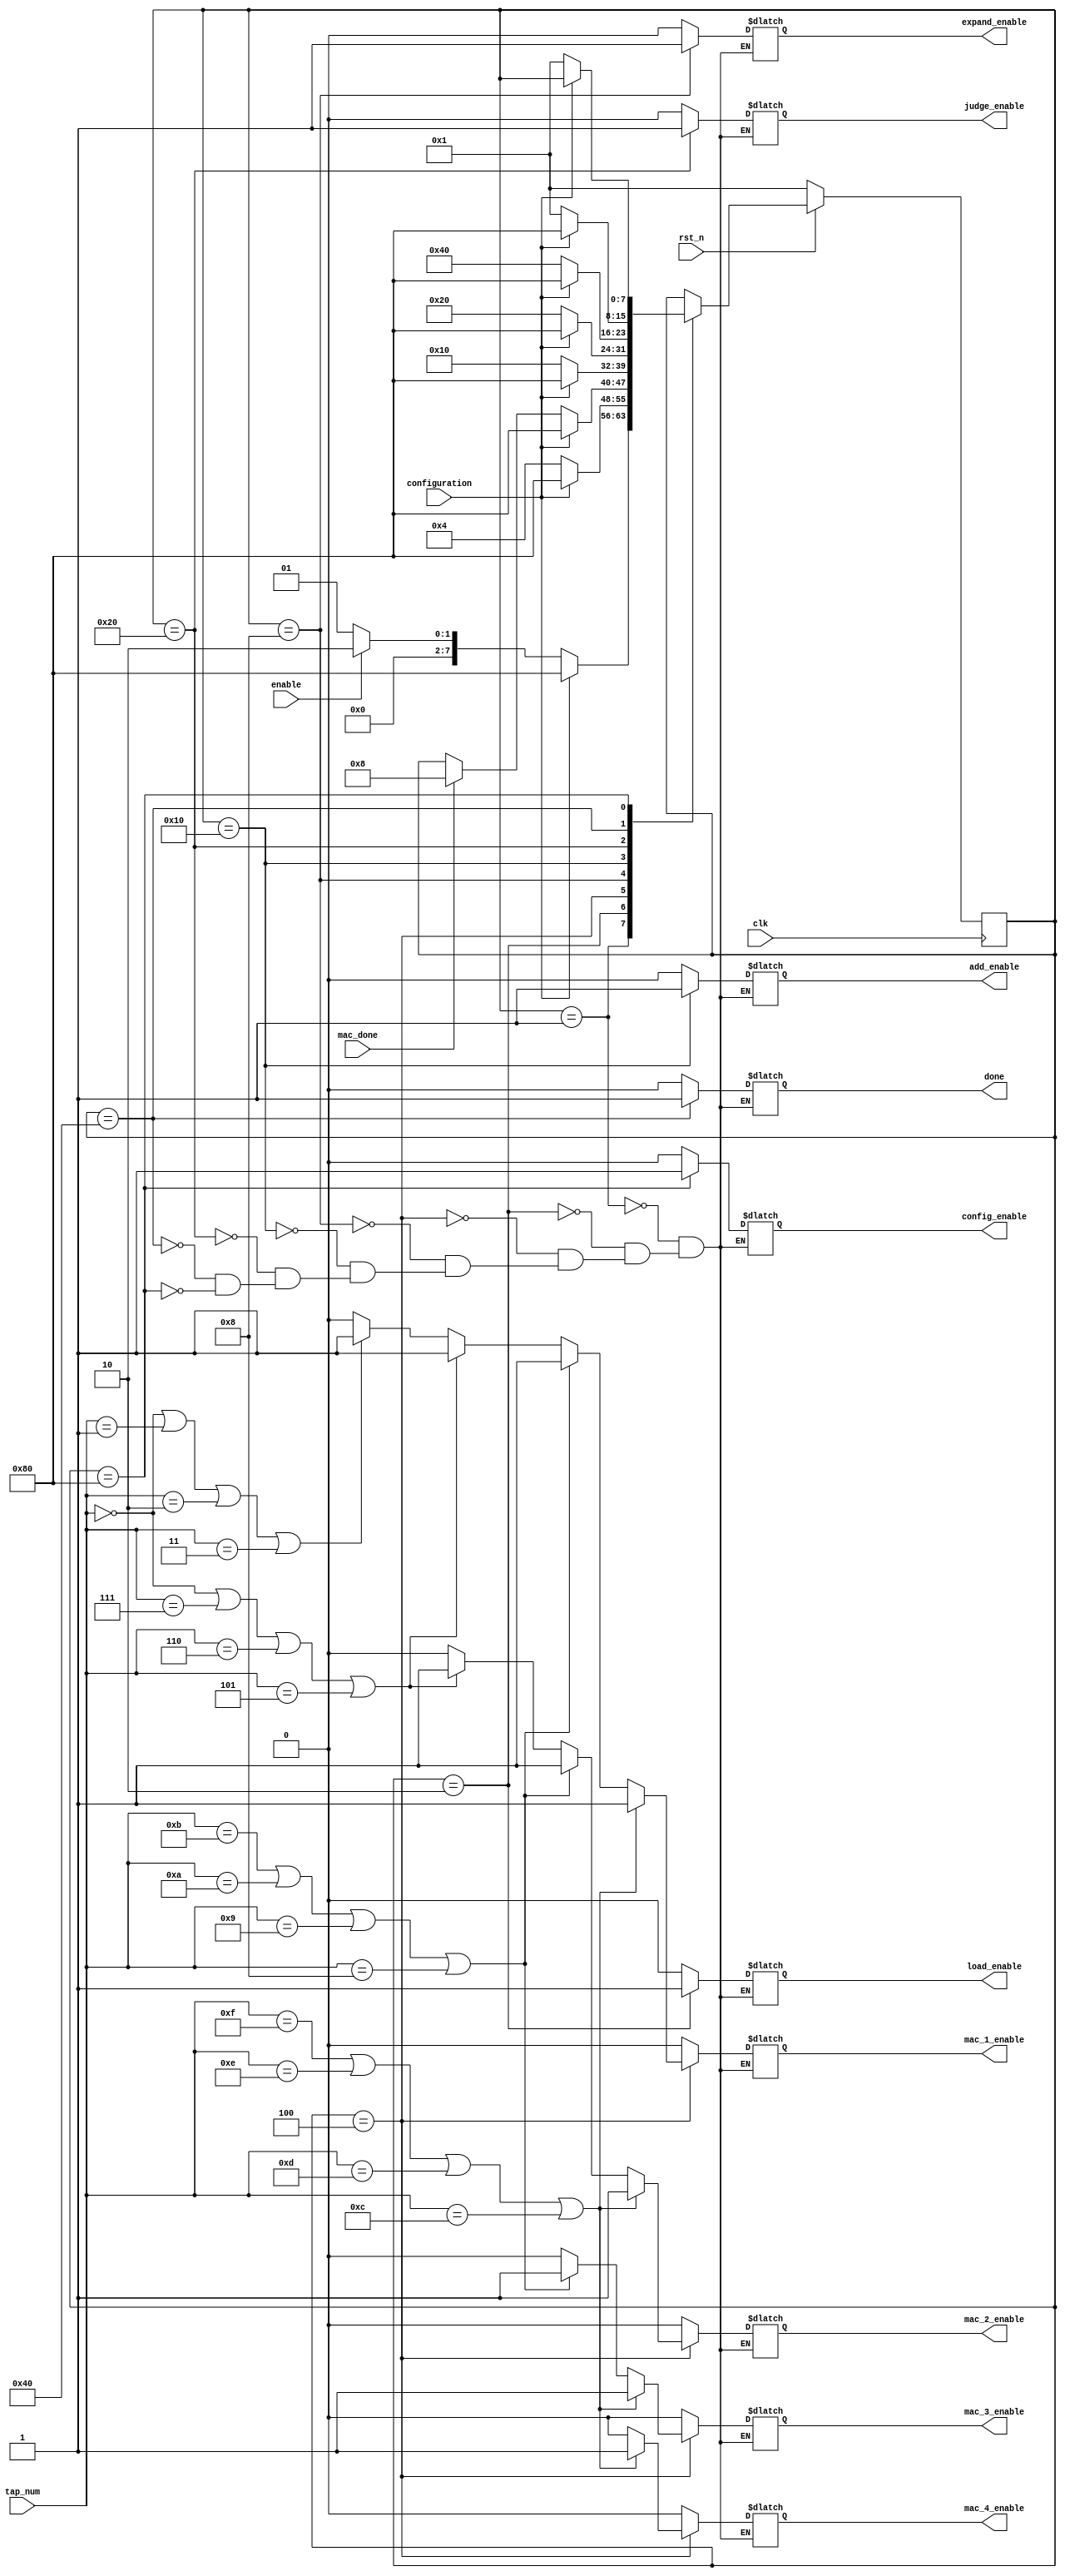
// =============================================================================
// Author: 
// Affiliation: Hong Kong University of Science and Technology
// Description:
// -----------------------------------------------------------------------------
module FIR_control (
	input clk,
	input rst_n,
	input [0:0] enable,
	input [3:0] tap_num,//0 indicates 1 tap, 15 indicates 16 taps
	input [0:0] mac_done, 
	input [0:0] configuration,//high effect
	output reg done,//indicate ADC could provide new data to the filter 
	output reg load_enable,
	output reg add_enable,
    output reg expand_enable,
    output reg judge_enable, 
	output reg mac_1_enable, 
	output reg mac_2_enable, 
	output reg mac_3_enable, 
	output reg mac_4_enable,//for power saving
	output reg config_enable		
);

//using a FSM as control module to give the control signal to calculation or configuration module
reg [7:0] state, next_state;

localparam 
IDLE = 8'b00000001,
LOAD = 8'b00000010,
CALCU = 8'b00000100,
EXPAND = 8'b00001000,
ADD = 8'b00010000,
JUDGE = 8'b00100000,
DONE = 8'b01000000,
CONFIG = 8'b10000000;


//States
always @ (*)
     begin
     	next_state = state;
        case (state)
            IDLE:
                begin
                	if (configuration == 1'b0) 
                	    begin
                    		if (enable) 
                    		    begin
                    		        next_state = LOAD;
                    		    end
                    		else 
                    		    begin
                    		        next_state = IDLE;
                    		    end
			    end
                    else
                    	begin
                    		next_state = CONFIG;
                    	end
                end
            LOAD:
                begin
                	if (configuration == 1'b0) 
                	    begin
                	        next_state = CALCU;
                	    end
                	else 
                	    begin
                	        next_state =  CONFIG;
                	    end
                end
            CALCU:
                begin
                    if(configuration == 1'b0)
                    	if (mac_done) 
                    	    begin
                    	        next_state = EXPAND;
                    	    end
                    	else 
                    	    begin
                    	        next_state = state;
                    	    end
                    else 
                        begin
                            next_state = CONFIG;
                        end
                end
            EXPAND:
            	begin
            		if (configuration == 1'b0) 
            		    begin
            		        next_state = ADD;
            		    end
            		else 
            		    begin
            		        next_state = CONFIG;
            		    end
            	end
            ADD:
                begin
                    if (configuration == 1'b0) 
                        begin
                            next_state = JUDGE;
                        end
                    else 
                        begin
                            next_state = CONFIG;
                        end
                end
            JUDGE:
                begin
                    if (configuration == 1'b0) 
                        begin
                            next_state = DONE;
                        end
                    else 
                        begin
                            next_state = CONFIG;
                        end
                end
            DONE:
                begin
                    if (configuration == 1'b0) 
                        begin
                            next_state =  IDLE;
                        end
                    else 
                        begin
                            next_state = CONFIG;
                        end
                end
            CONFIG:
                begin
                    if (configuration == 1'b0) 
                        begin
                            next_state = IDLE;
                        end
                    else 
                        begin
                            next_state = state;
                        end
                end
        endcase
     end

//Update state
always @ (posedge clk)
	begin
		if (!rst_n) 
		    begin
		      	state <= IDLE;		  
		    end
		else 
		    begin
		        state <= next_state;
		    end
	end
    
//Outputs
always @ (*) 
     begin
          case (state)
               IDLE:
               	    begin
                    	mac_1_enable = 1'b0;
                    	mac_2_enable = 1'b0;
                    	mac_3_enable = 1'b0;
                    	mac_4_enable = 1'b0;
                    	load_enable = 1'b0;
                    	add_enable = 1'b0;
                    	done = 1'b0;
                    	config_enable = 1'b0;
                        expand_enable = 1'b0;
                        judge_enable = 1'b0;
                    end
               LOAD:
               		begin
                     	mac_1_enable = 1'b0;
                    	mac_2_enable = 1'b0;
                    	mac_3_enable = 1'b0;
                    	mac_4_enable = 1'b0;
                    	load_enable = 1'b1;
                    	add_enable = 1'b0;
                    	done = 1'b0;
                    	config_enable = 1'b0;  
                        expand_enable = 1'b0;
                        judge_enable = 1'b0;            			
               		end
               CALCU:
                    begin
                    	load_enable = 1'b0;
                    	add_enable = 1'b0;
                    	done = 1'b0;
                    	config_enable = 1'b0;
                        expand_enable = 1'b0;
                        judge_enable =1'b0;
                    	if (tap_num ==4'd15 | tap_num == 4'd14 | tap_num == 4'd13 | tap_num == 4'd12) 
                    	    begin
                    			mac_1_enable = 1'b1;
                    			mac_2_enable = 1'b1;
                    			mac_3_enable = 1'b1;
                    			mac_4_enable = 1'b1;                    	        
                    	    end
                    	else if(tap_num ==4'd11 | tap_num == 4'd10 | tap_num == 4'd9 | tap_num == 4'd8) 
                    		begin
                    			mac_1_enable = 1'b1;
                    			mac_2_enable = 1'b1;
                    			mac_3_enable = 1'b1;
                    			mac_4_enable = 1'b0;
                    		end
                    	else if (tap_num ==4'd0 | tap_num == 4'd7 | tap_num == 4'd6 | tap_num == 4'd5) 
                    		begin
                        		mac_1_enable = 1'b1;
                    			mac_2_enable = 1'b1;
                    			mac_3_enable = 1'b0;
                    			mac_4_enable = 1'b0;
                    		end
                    	else if(tap_num ==4'd0 | tap_num == 4'd1 | tap_num == 4'd2 | tap_num == 4'd3) 
                    	    begin
                    			mac_1_enable = 1'b1;
                    			mac_2_enable = 1'b0;
                    			mac_3_enable = 1'b0;
                    			mac_4_enable = 1'b0;
                    	    end
                        else 
                            begin
                                mac_1_enable = 1'b0;
                                mac_2_enable = 1'b0;
                                mac_3_enable = 1'b0;
                                mac_4_enable = 1'b0;                               
                            end

                    end
               EXPAND:
                    begin
                        mac_1_enable = 1'b0;
                        mac_2_enable = 1'b0;
                        mac_3_enable = 1'b0;
                        mac_4_enable = 1'b0;
                        load_enable = 1'b0;
                        add_enable = 1'b0;
                        done = 1'b0;
                        config_enable = 1'b0;  
                        expand_enable = 1'b1;
                        judge_enable = 1'b0;                     
                    end
               ADD:
                    begin
                      	mac_1_enable = 1'b0;
                    	mac_2_enable = 1'b0;
                    	mac_3_enable = 1'b0;
                    	mac_4_enable = 1'b0;
                    	load_enable = 1'b0;
                    	add_enable = 1'b1;
                    	done = 1'b0;
                    	config_enable = 1'b0;
                        expand_enable = 1'b0;
                        judge_enable = 1'b0;                  
                    end
               JUDGE:
                    begin
                        mac_1_enable = 1'b0;
                        mac_2_enable = 1'b0;
                        mac_3_enable = 1'b0;
                        mac_4_enable = 1'b0;
                        load_enable = 1'b0;
                        add_enable = 1'b0;
                        done = 1'b0;
                        config_enable = 1'b0;
                        expand_enable = 1'b0;
                        judge_enable = 1'b1;                         
                    end
               DONE:
                    begin
                     	mac_1_enable = 1'b0;
                    	mac_2_enable = 1'b0;
                    	mac_3_enable = 1'b0;
                    	mac_4_enable = 1'b0;
                    	load_enable = 1'b0;
                    	add_enable = 1'b0;
                    	done = 1'b1;
                    	config_enable = 1'b0; 
                        expand_enable = 1'b0;
                        judge_enable = 1'b0;                  
                    end
               CONFIG:
               		begin
                    	mac_1_enable = 1'b0;
                    	mac_2_enable = 1'b0;
                    	mac_3_enable = 1'b0;
                    	mac_4_enable = 1'b0;
                    	load_enable = 1'b0;
                    	add_enable = 1'b0;
                    	done = 1'b0;
                    	config_enable = 1'b1; 
                        expand_enable = 1'b0;
                        judge_enable =1'b0;              		            		
               		end
          endcase
     end

endmodule